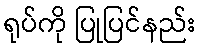
ရုပ်ကို ပြုပြင်နည်း